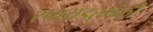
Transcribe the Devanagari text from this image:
स्पायडरमंकी